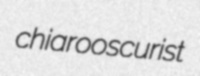
chiarooscurist